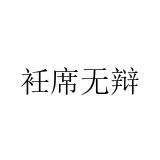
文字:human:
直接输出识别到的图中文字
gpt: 衽席无辩